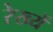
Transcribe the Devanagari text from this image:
रेख्यें